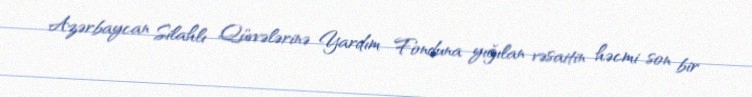
Azərbaycan Silahlı Qüvvələrinə Yardım Fonduna yığılan vəsaitin həcmi son bir